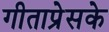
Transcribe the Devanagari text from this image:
गीताप्रेसके